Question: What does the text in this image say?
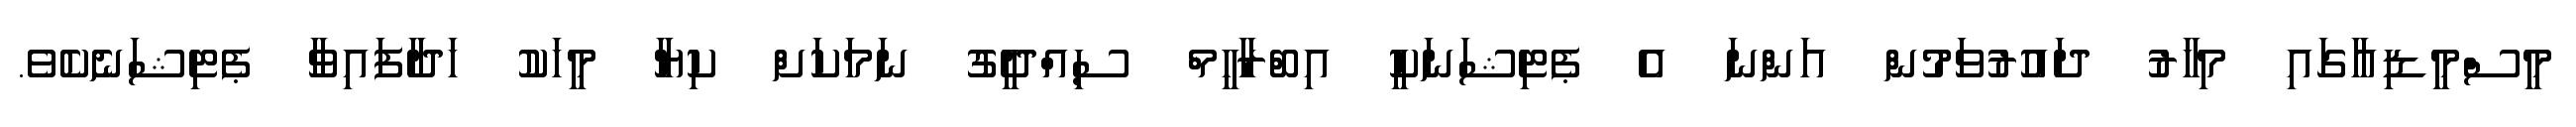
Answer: މީސްމީޑިއާގައި މިހާރު ދައުރުވަމުން އަންނަ އެ ޕެޓިޝަނަކީ އިބްރާހީމް ސިއްދީގު ނަމަކަށް ކިޔާ މީހަކު ހަދާފައިވާ ޕެޓިޝަނެކެވެ.